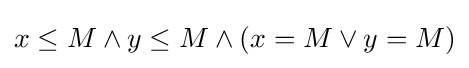
x\leq M\land y\leq M\land (x=M\lor y=M)